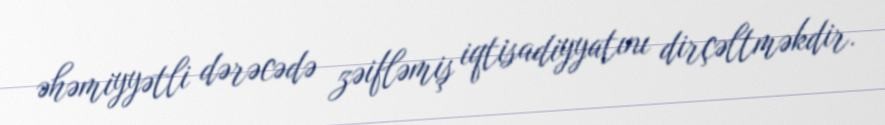
əhəmiyyətli dərəcədə zəifləmiş iqtisadiyyatını dirçəltməkdir.